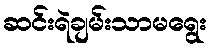
ဆင်းရဲချမ်းသာမရွေး